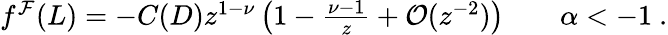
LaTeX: \begin{array}{r}{f^{\mathcal{F}}(L)=-C(D)z^{1-\nu}\left(1-\frac{\nu-1}{z}+\mathcal{O}(z^{-2})\right)\qquad\alpha<-1\ .}\end{array}